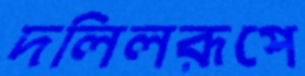
দলিলরূপে